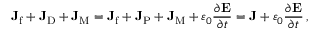
\mathbf { J } _ { \mathrm { f } } + \mathbf { J } _ { \mathrm { D } } + \mathbf { J } _ { \mathrm { M } } = \mathbf { J } _ { \mathrm { f } } + \mathbf { J } _ { \mathrm { P } } + \mathbf { J } _ { \mathrm { M } } + \varepsilon _ { 0 } { \frac { \partial \mathbf { E } } { \partial t } } = \mathbf { J } + \varepsilon _ { 0 } { \frac { \partial \mathbf { E } } { \partial t } } \, ,